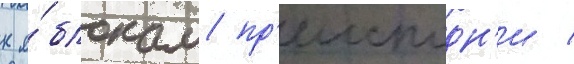
к я́блокам пр'еисподн'и /